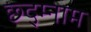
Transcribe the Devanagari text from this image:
छ्द्म्नाम